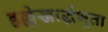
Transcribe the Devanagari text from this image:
हृल्लेखार्द्धभूता